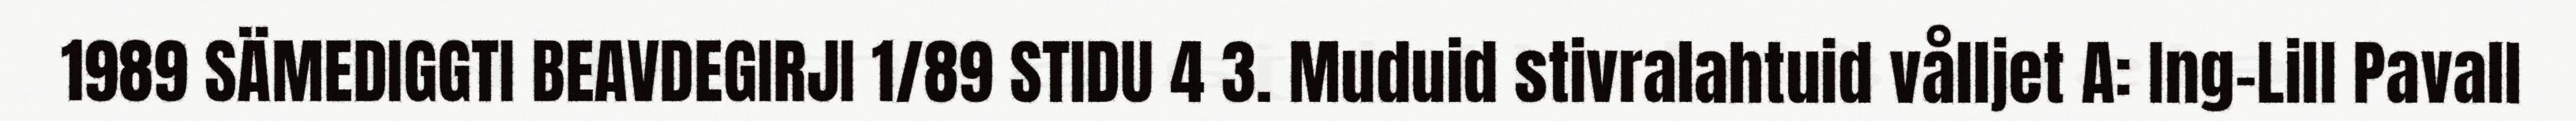
1989 SÄMEDIGGTI BEAVDEGIRJI 1/89 STIDU 4 3. Muduid stivralahtuid vålljet A: Ing-Lill Pavall